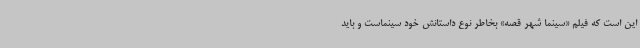
این است که فیلم «سینما شهر قصه» بخاطر نوع داستانش خود سینماست و باید